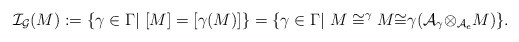
\begin{align*}\mathcal{I}_{\mathcal{G}}(M):=\{\gamma\in \Gamma |\ [M]=[\gamma(M)]\}=\{\gamma\in \Gamma |\ M \cong ^{\gamma}M{\cong}\gamma({\mathcal{A}_{\gamma}}{\otimes}_{\mathcal{A}_e}M)\}. \end{align*}